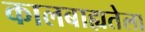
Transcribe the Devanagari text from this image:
कालबाह्यतेला